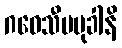
ဂဝေသီပမုခါနိ